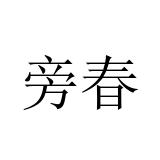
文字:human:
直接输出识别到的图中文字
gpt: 旁春